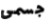
جسمى